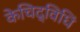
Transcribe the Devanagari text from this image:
केचिद्विधिं